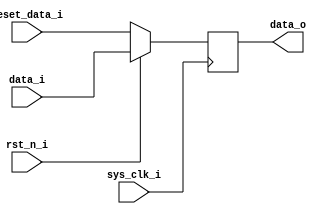
`timescale 1ns/1ps
// ********************************************************************************** // 
//---------------------------------------------------------------------
// D(Delay_flip_flop or Data_flip_flop)
//---------------------------------------------------------------------
module dff_sync #(
    parameter                           DATA_WIDTH = 32             
) (
    input  wire                         sys_clk_i                  ,
    input  wire                         rst_n_i                    ,
    input  wire        [DATA_WIDTH-1:0] reset_data_i               ,
    input  wire        [DATA_WIDTH-1:0] data_i                     ,
    output reg         [DATA_WIDTH-1:0] data_o                      
);
always @(posedge sys_clk_i)begin
    if(!rst_n_i)
        data_o <= reset_data_i;
    else
        data_o <= data_i;
end
endmodule